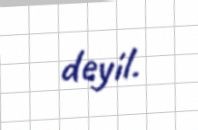
deyil.